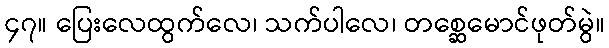
၄၇။ ပြေးလေထွက်လေ၊ သက်ပါလေ၊ တစ္ဆေမောင်ဖုတ်မွဲ။